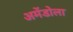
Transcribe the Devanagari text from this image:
अमेंडोला